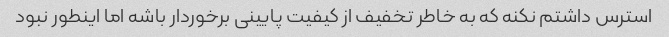
استرس داشتم نکنه که به خاطر تخفیف از کیفیت پایینی برخوردار باشه اما اینطور نبود